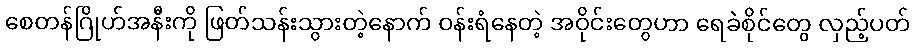
စေတန်ဂြိုဟ်အနီးကို ဖြတ်သန်းသွားတဲ့နောက် ဝန်းရံနေတဲ့ အဝိုင်းတွေဟာ ရေခဲစိုင်တွေ လှည့်ပတ်